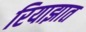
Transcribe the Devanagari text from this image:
रियाझात